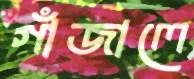
গাঁজালে